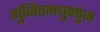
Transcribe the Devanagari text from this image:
गुंजितमधुपपुंज